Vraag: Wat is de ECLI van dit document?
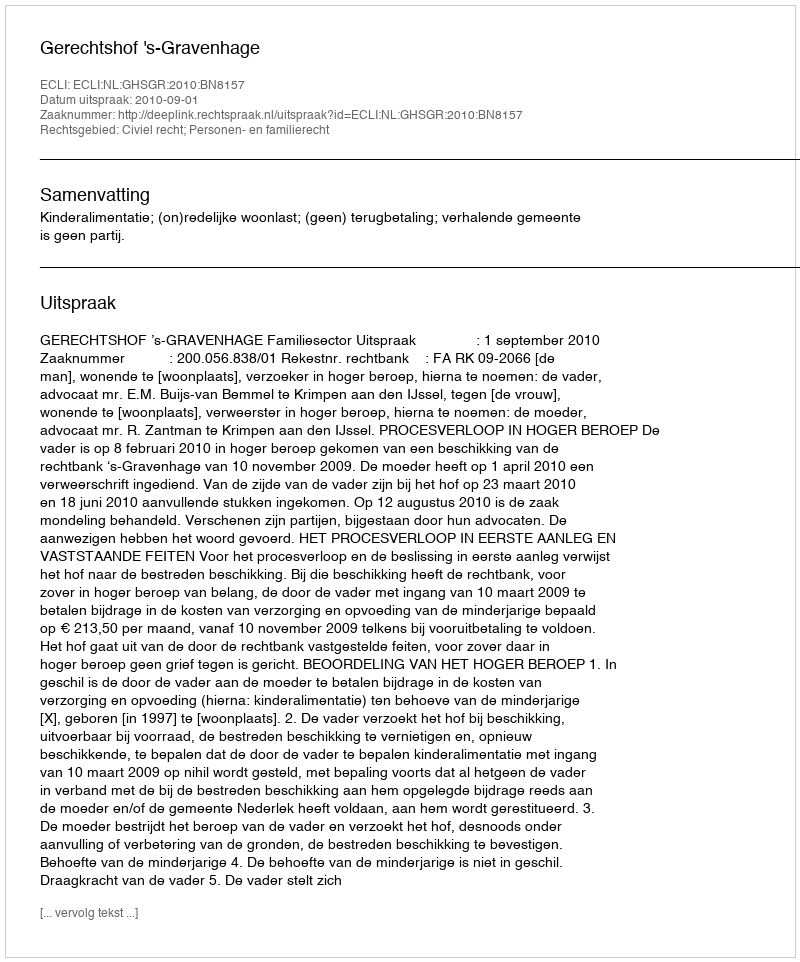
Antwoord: ECLI:NL:GHSGR:2010:BN8157